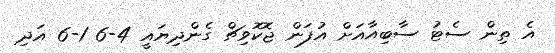
އެ ތިން ސެޓު ސާބިއާއަށް އުފަން ޖޮކޮވިޗް ގެންދިޔައީ 4-6 1-6 އަދި